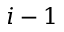
i - 1